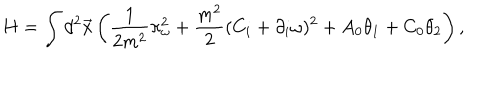
H = \int d ^ { 2 } \vec { x } \left( \frac 1 { 2 m ^ { 2 } } \pi _ { \omega } ^ { 2 } + \frac { m ^ { 2 } } { 2 } ( C _ { i } + \partial _ { i } \omega ) ^ { 2 } + A _ { 0 } \theta _ { 1 } + C _ { 0 } \theta _ { 2 } \right) ,